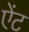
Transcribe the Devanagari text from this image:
ऐंट